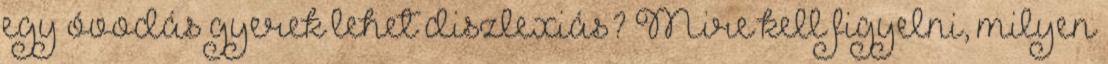
egy óvodás gyerek lehet diszlexiás? Mire kell figyelni, milyen